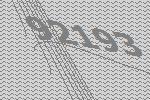
92193